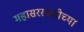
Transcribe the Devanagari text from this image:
महासरस्वतीच्या